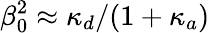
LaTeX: \beta_{0}^{2}\approx\kappa_{d}/(1+\kappa_{a})